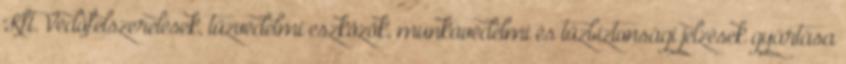
Kft. Védőfelszerelések, tűzvédelmi eszközök, munkavédelmi és tűzbiztonsági jelzések gyártása